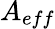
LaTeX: A_{eff}